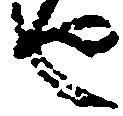
也